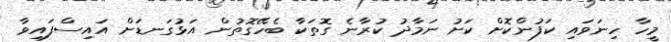
މީހާ ހިނަވައި ކަފުންކޮށް ކަށު ނަމާދު ކުރާނެ ގޮތަކާ ބެހޭގޮތުން އަޅުގަނޑަށް އައިސްފައިވާ